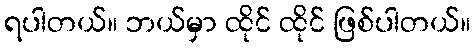
ရပါတယ်။ ဘယ်မှာ ထိုင် ထိုင် ဖြစ်ပါတယ်။